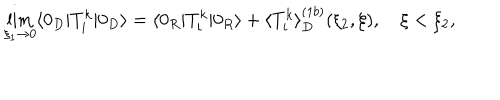
\lim _ { \xi _ { 1 } \rightarrow 0 } \langle 0 _ { D } | T _ { i } ^ { k } | 0 _ { D } \rangle = \langle 0 _ { R } | T _ { i } ^ { k } | 0 _ { R } \rangle + \langle T _ { i } ^ { k } \rangle _ { D } ^ { ( 1 b ) } ( \xi _ { 2 } , \xi ) , \quad \xi < \xi _ { 2 } ,